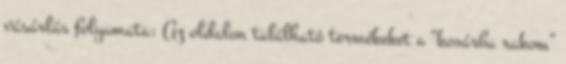
vásárlás folyamata: Az oldalon található termékeket a “kosárba rakom”